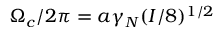
\Omega _ { c } / 2 \pi = a \gamma _ { N } ( I / 8 ) ^ { 1 / 2 }